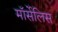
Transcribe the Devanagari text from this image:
मॉर्सेलिस